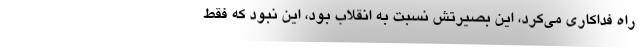
راه فداکاری می‌کرد، این بصیرتش نسبت به انقلاب بود، این نبود که فقط